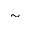
\sim